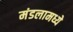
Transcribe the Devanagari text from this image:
मंडलामध्ये